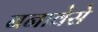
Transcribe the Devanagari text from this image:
बनावेसे